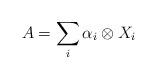
LaTeX: \begin{align*}A=\sum_{i}\alpha_{i}\otimes X_{i}\end{align*}